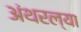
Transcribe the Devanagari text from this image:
अंथरल्या